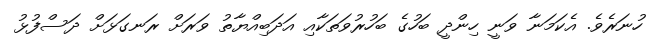
ހުނަރެވެ. އެކަމަނާ ވަނީ ހިންދީ ބަހުގެ ބަހުރުވަތަކާއި އަދަބިއްޔާތު ވަރަށް ރަނގަޅަށް ދަސްފުޅު